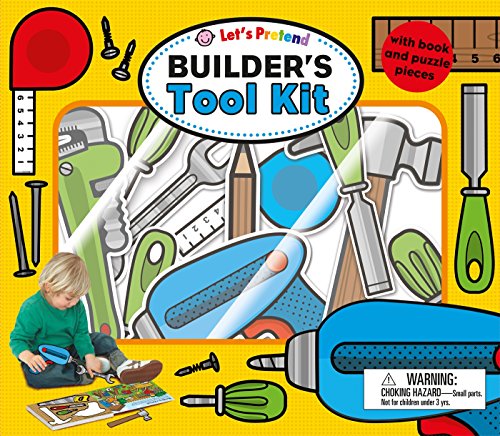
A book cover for Let's Pretend Builders Tool Kit; Roger Priddy; Children's Books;